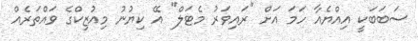
ސަބަބަކީ އިއްޔެއާ ހަމަ އަށް "ރައިވަރު މެޓަލް" އޭ ކިޔުނު މިއުޒިކްގެ ވައްތަރެއް